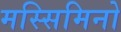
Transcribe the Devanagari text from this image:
मस्सिमिनो